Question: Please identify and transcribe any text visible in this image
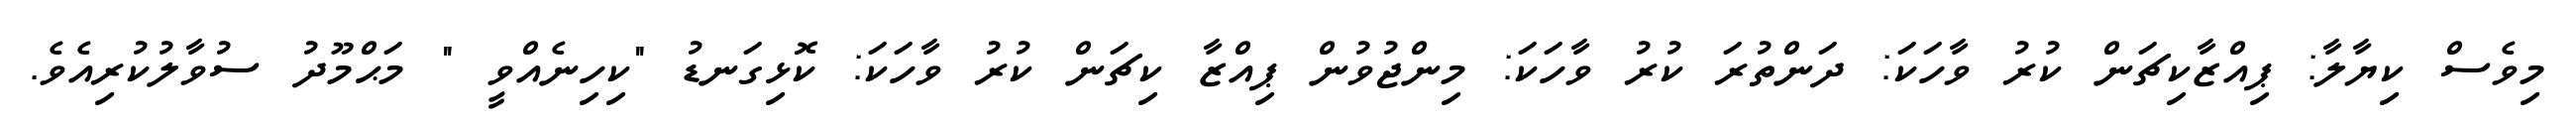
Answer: މިވެސް ކިޔާލާ: ޕިއްޒާކިޗަން ކުރު ވާހަކަ: ދަންތުރަ ކުރު ވާހަކަ: މިންޖުވުން ޕިއްޒާ ކިޗަން ކުރު ވާހަކަ: ކޮޅިގަނޑު "ކިހިނެއްވީ " މަޙްމޫދު ސުވާލުކުރިއެވެ.